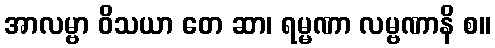
အာလမ္ဗာ ဝိသယာ တေ ဆာ၊ ရမ္မဏာ လမ္ဗဏာနိ စ။